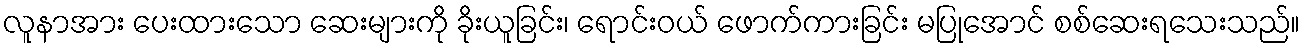
လူနာအား ပေးထားသော ဆေးများကို ခိုးယူခြင်း၊ ရောင်းဝယ် ဖောက်ကားခြင်း မပြုအောင် စစ်ဆေးရသေးသည်။